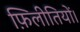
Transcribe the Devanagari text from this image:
फ़िलीतियों।